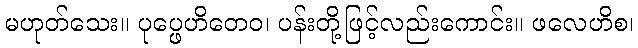
မဟုတ်သေး။ ပုပ္ဖေဟိတေဝ၊ ပန်းတို့ဖြင့်လည်းကောင်း။ ဖလေဟိစ၊